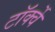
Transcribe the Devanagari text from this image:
टॉर्क्वे